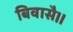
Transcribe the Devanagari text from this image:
बिवासै।।